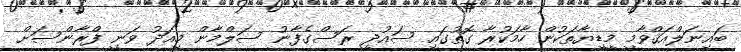
ބައިނަލްއަޤްވާމީ މީޑިޔާތަކުން ހާމަކުރާ ގޮތުގައި ސައުދީ ރަސްގެފާނު ސަލްމާން މިއަދު ވަނީ ފްރާންސަށް